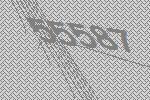
55587